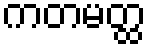
ကတမတ္ထ